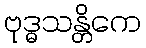
ဗုဒ္ဓသန္တိကေ